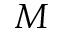
M